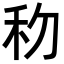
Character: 𥝢